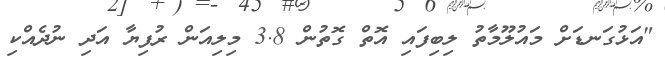
"އަޅުގަނޑަށް މައުލޫމާތު ލިބިފައި އޮތް ގޮތުން 3.8 މިލިއަން ރުފިޔާ އަދި ނުދެއްކި